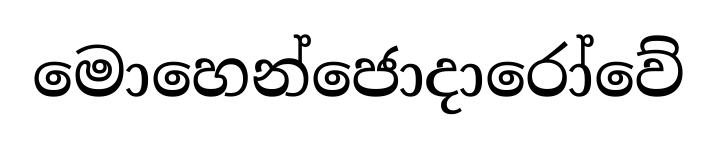
මොහෙන්ජොදාරෝවේ